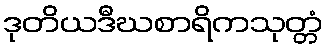
ဒုတိယဒီဃစာရိကသုတ္တံ